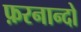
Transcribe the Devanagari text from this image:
फ़रनान्दो